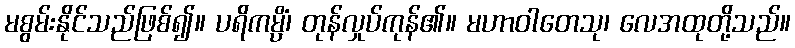
မစွမ်းနိုင်သည်ဖြစ်၍။ ပရိကမ္ပိံ၊ တုန်လှုပ်ကုန်၏။ မဟာဝါတေသု၊ လေအထုတို့သည်။